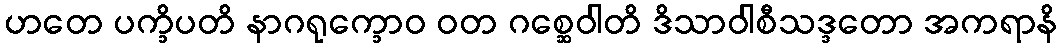
ဟတေ ပက္ခိပတိ နာဂရုက္ခောဝ ဝတ ဂစ္ဆေဝါတိ ဒိသာဝါစီသဒ္ဒတော အကရာနိ